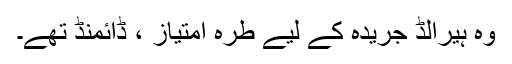
وہ ہیرالڈ جریدہ کے لیے طرہ امتیاز ، ڈائمنڈ تھے۔